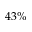
4 3 \%